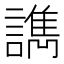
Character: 𰵇